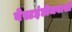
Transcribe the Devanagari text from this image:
वेस्टइंडीजवासी